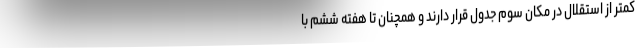
کمتر از استقلال در مکان سوم جدول قرار دارند و همچنان تا هفته ششم با